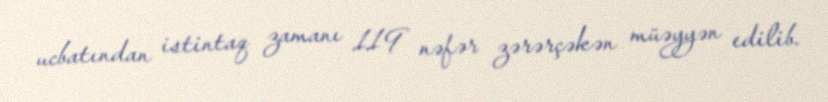
ucbatından istintaq zamanı 119 nəfər zərərçəkən müəyyən edilib.